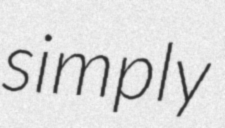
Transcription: simply